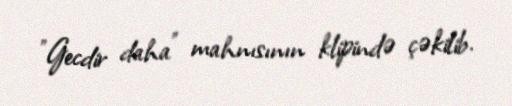
"Gecdir daha" mahnısının klipində çəkilib.